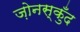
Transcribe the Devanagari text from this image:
ज़ोनस्कुँद